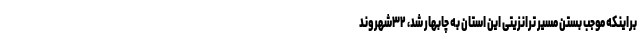
براینکه موجب بستن مسیر ترانزیتی این استان به چابهار شد، ۳۲شهروند